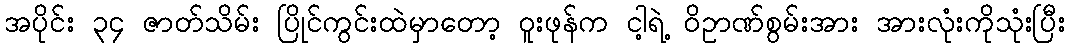
အပိုင်း ၃၄ ဇာတ်သိမ်း ပြိုင်ကွင်းထဲမှာတော့ ဝူးဖုန်က ငါ့ရဲ့ ဝိဥာဏ်စွမ်းအား အားလုံးကိုသုံးပြီး